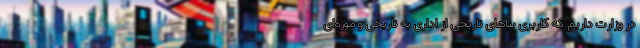
در وزارت داریم که کاربری بناهای تاریخی از اداری به تاریخی و موزه‌ای